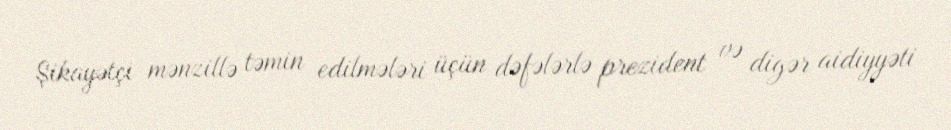
Şikayətçi mənzillə təmin edilmələri üçün dəfələrlə prezident və digər aidiyyəti